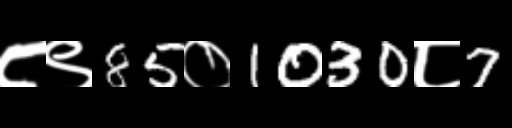
Text: ८९85०1030८7